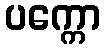
ပက္ကော